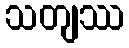
သတျဿ